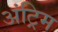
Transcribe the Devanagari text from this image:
अंट्रिम